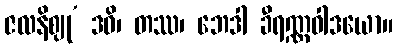
ဇလနိဈု’ ဒဓိ၊ တဿ၊ ဘေဒါ ခီရဏ္ဏဝါဒယော။